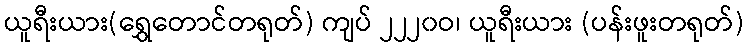
ယူရီးယား(ရွှေတောင်တရုတ်) ကျပ် ၂၂၂၀ဝ၊ ယူရီးယား (ပန်းဖူးတရုတ်)